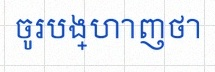
ចូរបង្ហាញថា